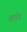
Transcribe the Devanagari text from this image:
बहारेन